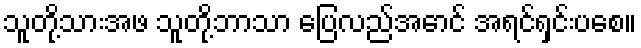
သူတို့သားအဖ သူတို့ဘာသာ ပြေလည်အောင် အရင်ရှင်းပစေ။